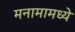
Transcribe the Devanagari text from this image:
मनामामध्ये